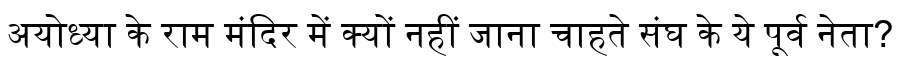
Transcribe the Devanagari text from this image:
अयोध्या के राम मंदिर में क्यों नहीं जाना चाहते संघ के ये पूर्व नेता?